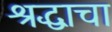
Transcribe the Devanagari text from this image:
श्रद्धाचा